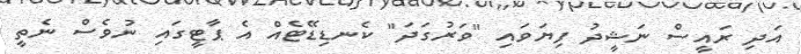
އަދި ރައީސް ނަޝީދު ފިޔަވައި "ވަރުގަދަ" ކެނޑިޑޭޓެއް އެ ޕާޓީގައި ނުވެސް ނެތީ